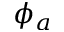
\phi _ { a }